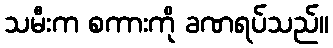
သမီးက စကားကို ခဏရပ်သည်။